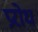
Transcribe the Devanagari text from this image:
प्ररोध